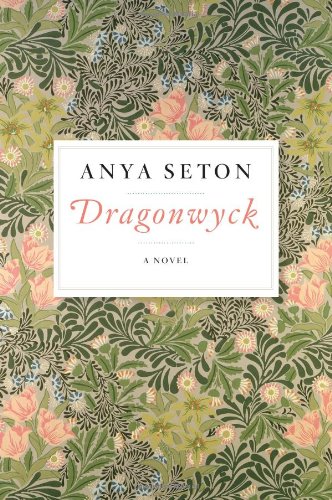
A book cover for Dragonwyck; Anya Seton; Romance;